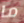
ما